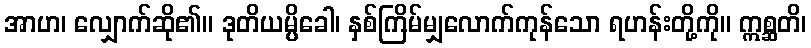
အာဟ၊ လျှောက်ဆို၏။ ဒုတိယမ္ပိခေါ၊ နှစ်ကြိမ်မျှလောက်ကုန်သော ရဟန်းတို့ကို။ ဣစ္ဆတိ၊